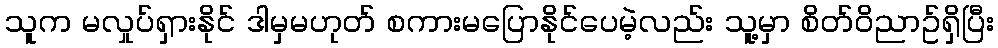
သူက မလှုပ်ရှားနိုင် ဒါမှမဟုတ် စကားမပြောနိုင်ပေမဲ့လည်း သူ့မှာ စိတ်ဝိညာဥ်ရှိပြီး